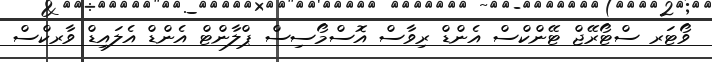
ވޯޓަރ ސްޓޯރޭޖް ޓޭންކްސް އެންޑް ރިވާސް އޮސްމޯސިސް ޕްލާންޓް އެންޑް އެލައިޑް ވާރކްސް